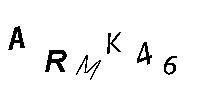
ARMK46